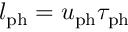
l _ { \mathrm { p h } } = u _ { \mathrm { p h } } \tau _ { \mathrm { p h } }